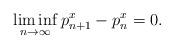
LaTeX: \begin{align*}\liminf_{n\to \infty}p_{n+1}^{x}-p_{n}^{x}=0.\end{align*}